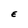
Character: E